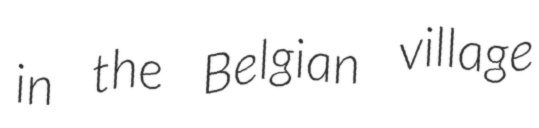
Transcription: in the Belgian village